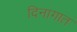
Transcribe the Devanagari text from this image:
दिनागात